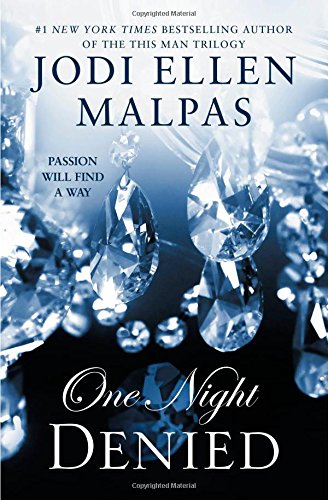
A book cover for One Night: Denied (The One Night Trilogy); Jodi Ellen Malpas; Romance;